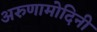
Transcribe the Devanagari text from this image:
अरुणामोदिनी